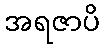
အရဇာပိ